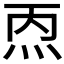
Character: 𰞁